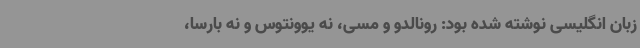
زبان انگلیسی نوشته شده بود: رونالدو و مسی‌، نه یوونتوس و نه بارسا،